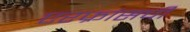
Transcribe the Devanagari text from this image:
एरफ्रांसची